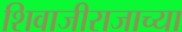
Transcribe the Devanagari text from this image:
शिवाजीराजाच्या